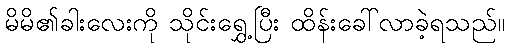
မိမိ၏ခါးလေးကို သိုင်းရွှေ့ပြီး ထိန်းခေါ်လာခဲ့ရသည်။